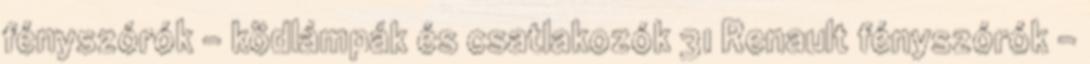
fényszórók - ködlámpák és csatlakozók 31 Renault fényszórók -